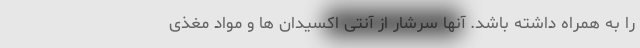
را به همراه داشته باشد. آنها سرشار از آنتی اکسیدان ها و مواد مغذی